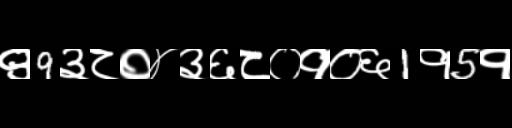
Text: ९9३८०४३६८०१०६1१5१